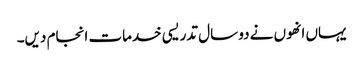
یہاں انھوں نے دو سال تدریسی خدمات انجام دیں۔